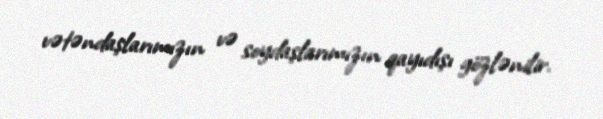
vətəndaşlarımızın və soydaşlarımızın qayıdışı gözlənilir.